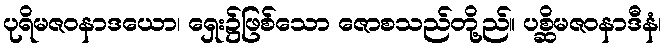
ပုရိမဇဝနာဒယော၊ ရှေး၌ဖြစ်သော ဇောစသည်တို့ည်။ ပစ္ဆိမဇဝနာဒီနံ၊